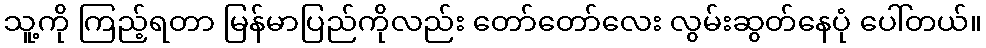
သူ့ကို ကြည့်ရတာ မြန်မာပြည်ကိုလည်း တော်တော်လေး လွမ်းဆွတ်နေပုံ ပေါ်တယ်။